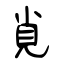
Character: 覍